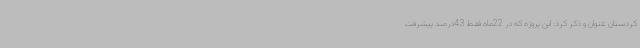
کردستان عنوان و ذکر کرد: این پروژه که در 22ماه فقط 43درصد پیشرفت